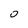
Character: 0